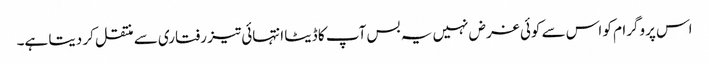
اس پروگرام کو اس سے کوئی غرض نہیں یہ بس آپ کا ڈیٹا انتہائی تیز رفتاری سے منتقل کر دیتا ہے۔